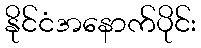
နိုင်ငံအနောက်ပိုင်း